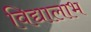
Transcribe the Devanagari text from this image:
विद्यालाभ